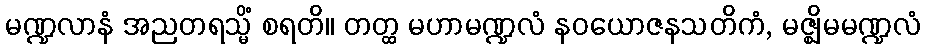
မဏ္ဍလာနံ အညတရသ္မိံ စရတိ။ တတ္ထ မဟာမဏ္ဍလံ နဝယောဇနသတိကံ, မဇ္ဈိမမဏ္ဍလံ